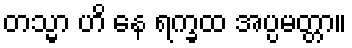
တသ္မာ ဟိ နေ ရက္ခထ အပ္ပမတ္တာ။